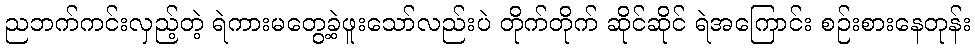
ညဘက်ကင်းလှည့်တဲ့ ရဲကားမတွေ့ခဲ့ဖူးသော်လည်းပဲ တိုက်တိုက် ဆိုင်ဆိုင် ရဲအကြောင်း စဉ်းစားနေတုန်း